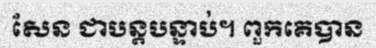
សែន ជាបន្តបន្ទាប់។ ពួកគេបាន